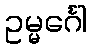
ဥမ္မင်္ဂေါ